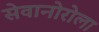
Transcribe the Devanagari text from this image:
सेवानोरोला